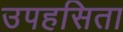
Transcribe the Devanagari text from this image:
उपहसिता